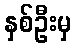
နှစ်ဦးမှ